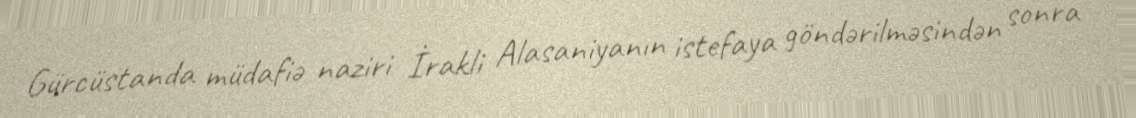
Gürcüstanda müdafiə naziri İrakli Alasaniyanın istefaya göndərilməsindən sonra